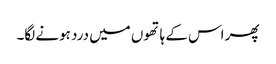
پھر اس کے ہاتھوں میں درد ہونے لگا۔